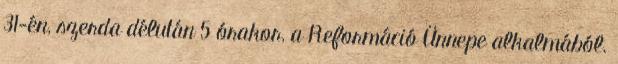
31-én, szerda délután 5 órakor, a Reformáció Ünnepe alkalmából.